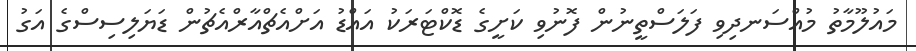
މައުލޫމާތު މުއްސަނދިވި ފަލަސްތީނުން ފޮނުވި ކަށީގެ ޑޮކްޓަރަކު އައްޑު އަށްއެޗްއާރްއެޗުން ޑަޔަލިސިސްގެ އަގު